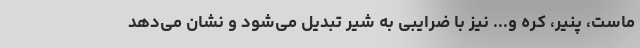
ماست، پنیر، کره و... نیز با ضرایبی به شیر تبدیل می‌شود و نشان می‌دهد